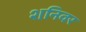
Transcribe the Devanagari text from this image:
शनिवर